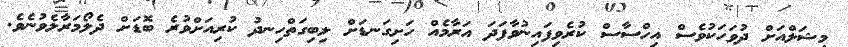
މިޝަލްއަށް ދުވަހަކުވެސް އިހްސާސް ކުރެވިފައިނުވާފަދަ އަރާމެއް ހަށިގަނޑަށް ލިބިގަތްހިނދު ކުރިއަށްވުރެ ބޮޑަށް ދެލޯމަރާލެވުނެވެ.